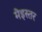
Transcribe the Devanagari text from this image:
मेइस्तर